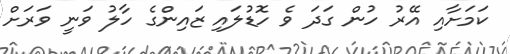
ކަމަށާއި އޭރު ހުން ގަދަ ވެ ހޮޑުލައި ޒައިންގެ ހާލު ވަނީ ވަރަށް